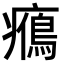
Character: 𤻉